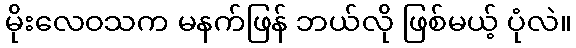
မိုးလေဝသက မနက်ဖြန် ဘယ်လို ဖြစ်မယ့် ပုံလဲ။